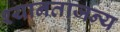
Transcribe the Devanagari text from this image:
श्यानताजन्य